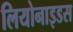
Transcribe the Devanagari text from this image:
लियोनाइडस